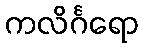
ကလိင်္ဂရော